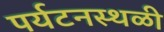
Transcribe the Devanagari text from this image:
पर्यटनस्थळी